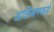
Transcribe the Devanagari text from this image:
अलिबागकडे